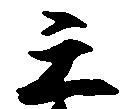
天